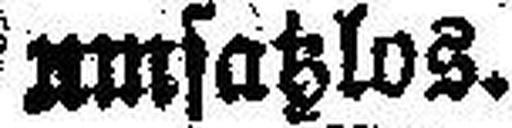
umsatzlos.